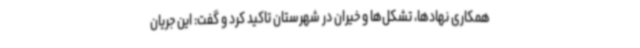
همکاری نهادها، تشکل‌ها و خیران در شهرستان تاکید کرد و گفت: این جریان